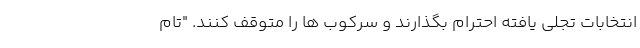
انتخابات تجلی یافته احترام بگذارند و سرکوب ها را متوقف کنند. "تام